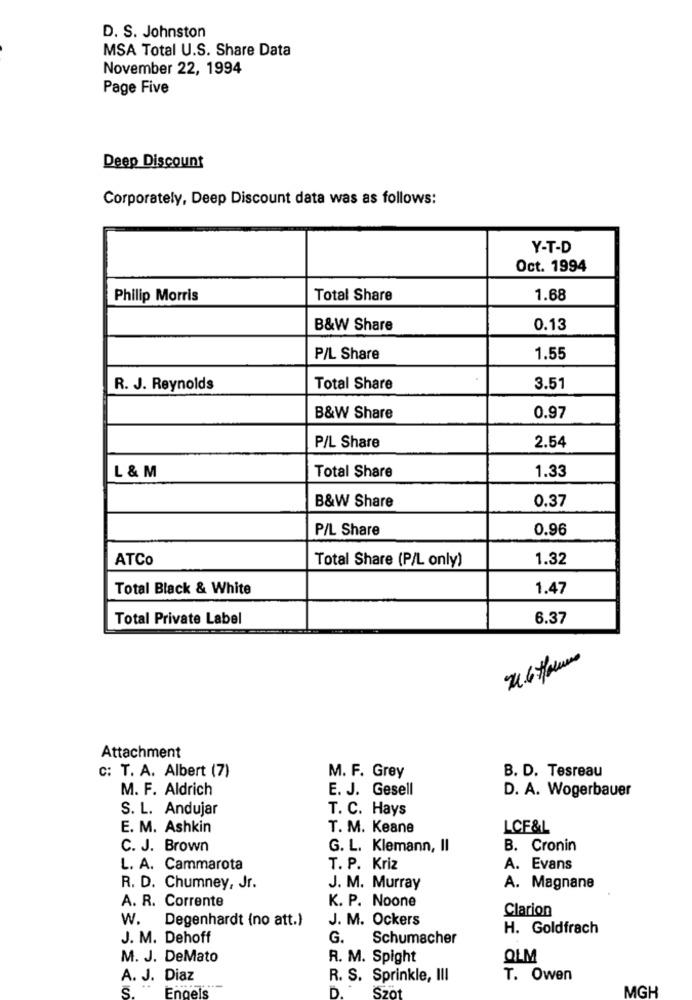
D. S. Johnston
MSA Total U.S. Share Data
November 22, 1994
Page Five
Deep Discount
Corporately, Deep Discount data was as follows:
Y-T-D
Oct. 1994
Philip Morris
Total Share
1.68
B&W Share
0.13
P/L Share
1.55
R. J. Reynolds
Total Share
3.51
B&W Share
0.97
2.54
P/L Share
L & M
Total Share
1.33
B&W Share
0.37
P/L Share
0.96
ATCo
Total Share (P/L only)
1.32
Total Black & White
1.47
Total Private Label
6.37
Attachment
c: T. A. Albert (7)
M. F. Grey
B. D. Tesreau
M. F. Aldrich
E. J. Gesell
D. A. Wogerbauer
S. L. Andujar
T. C. Hays
E. M. Ashkin
T. M. Keane
LCF&L
C. J. Brown
G. L. Klemann, Il
B. Cronin
L. A. Cammarota
T. P. Kriz
A. Evans
R. D. Chumney, Jr.
J. M. Murray
A. Magnane
A. R. Corrente
K. P. Noone
Clarion
W. Degenhardt (no att.)
J. M. Ockers
H. Goldfrach
J. M. Dehoff
G.
Schumacher
M. J. DeMato
R. M. Spight
OLM
A. J. Diaz
R. S. Sprinkle, III
T. Owen
5.
Engels
D.
MGH
Szot